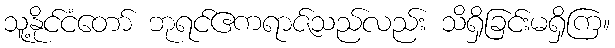
သူ့နိုင်ငံတော် ဘုရင်ဧကရာဇ်သည်လည်း သိရှိခြင်းမရှိကြ။